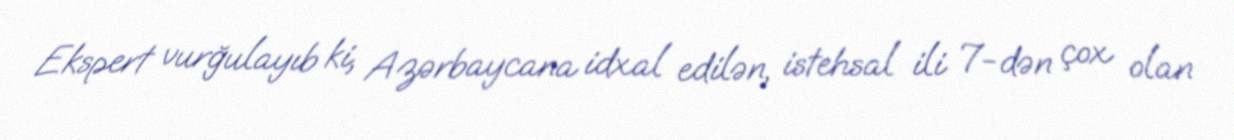
Ekspert vurğulayıb ki, Azərbaycana idxal edilən, istehsal ili 7-dən çox olan